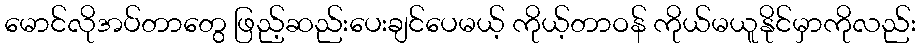
မောင်လိုအပ်တာတွေ ဖြည့်ဆည်းပေးချင်ပေမယ့် ကိုယ့်တာဝန် ကိုယ်မယူနိုင်မှာကိုလည်း